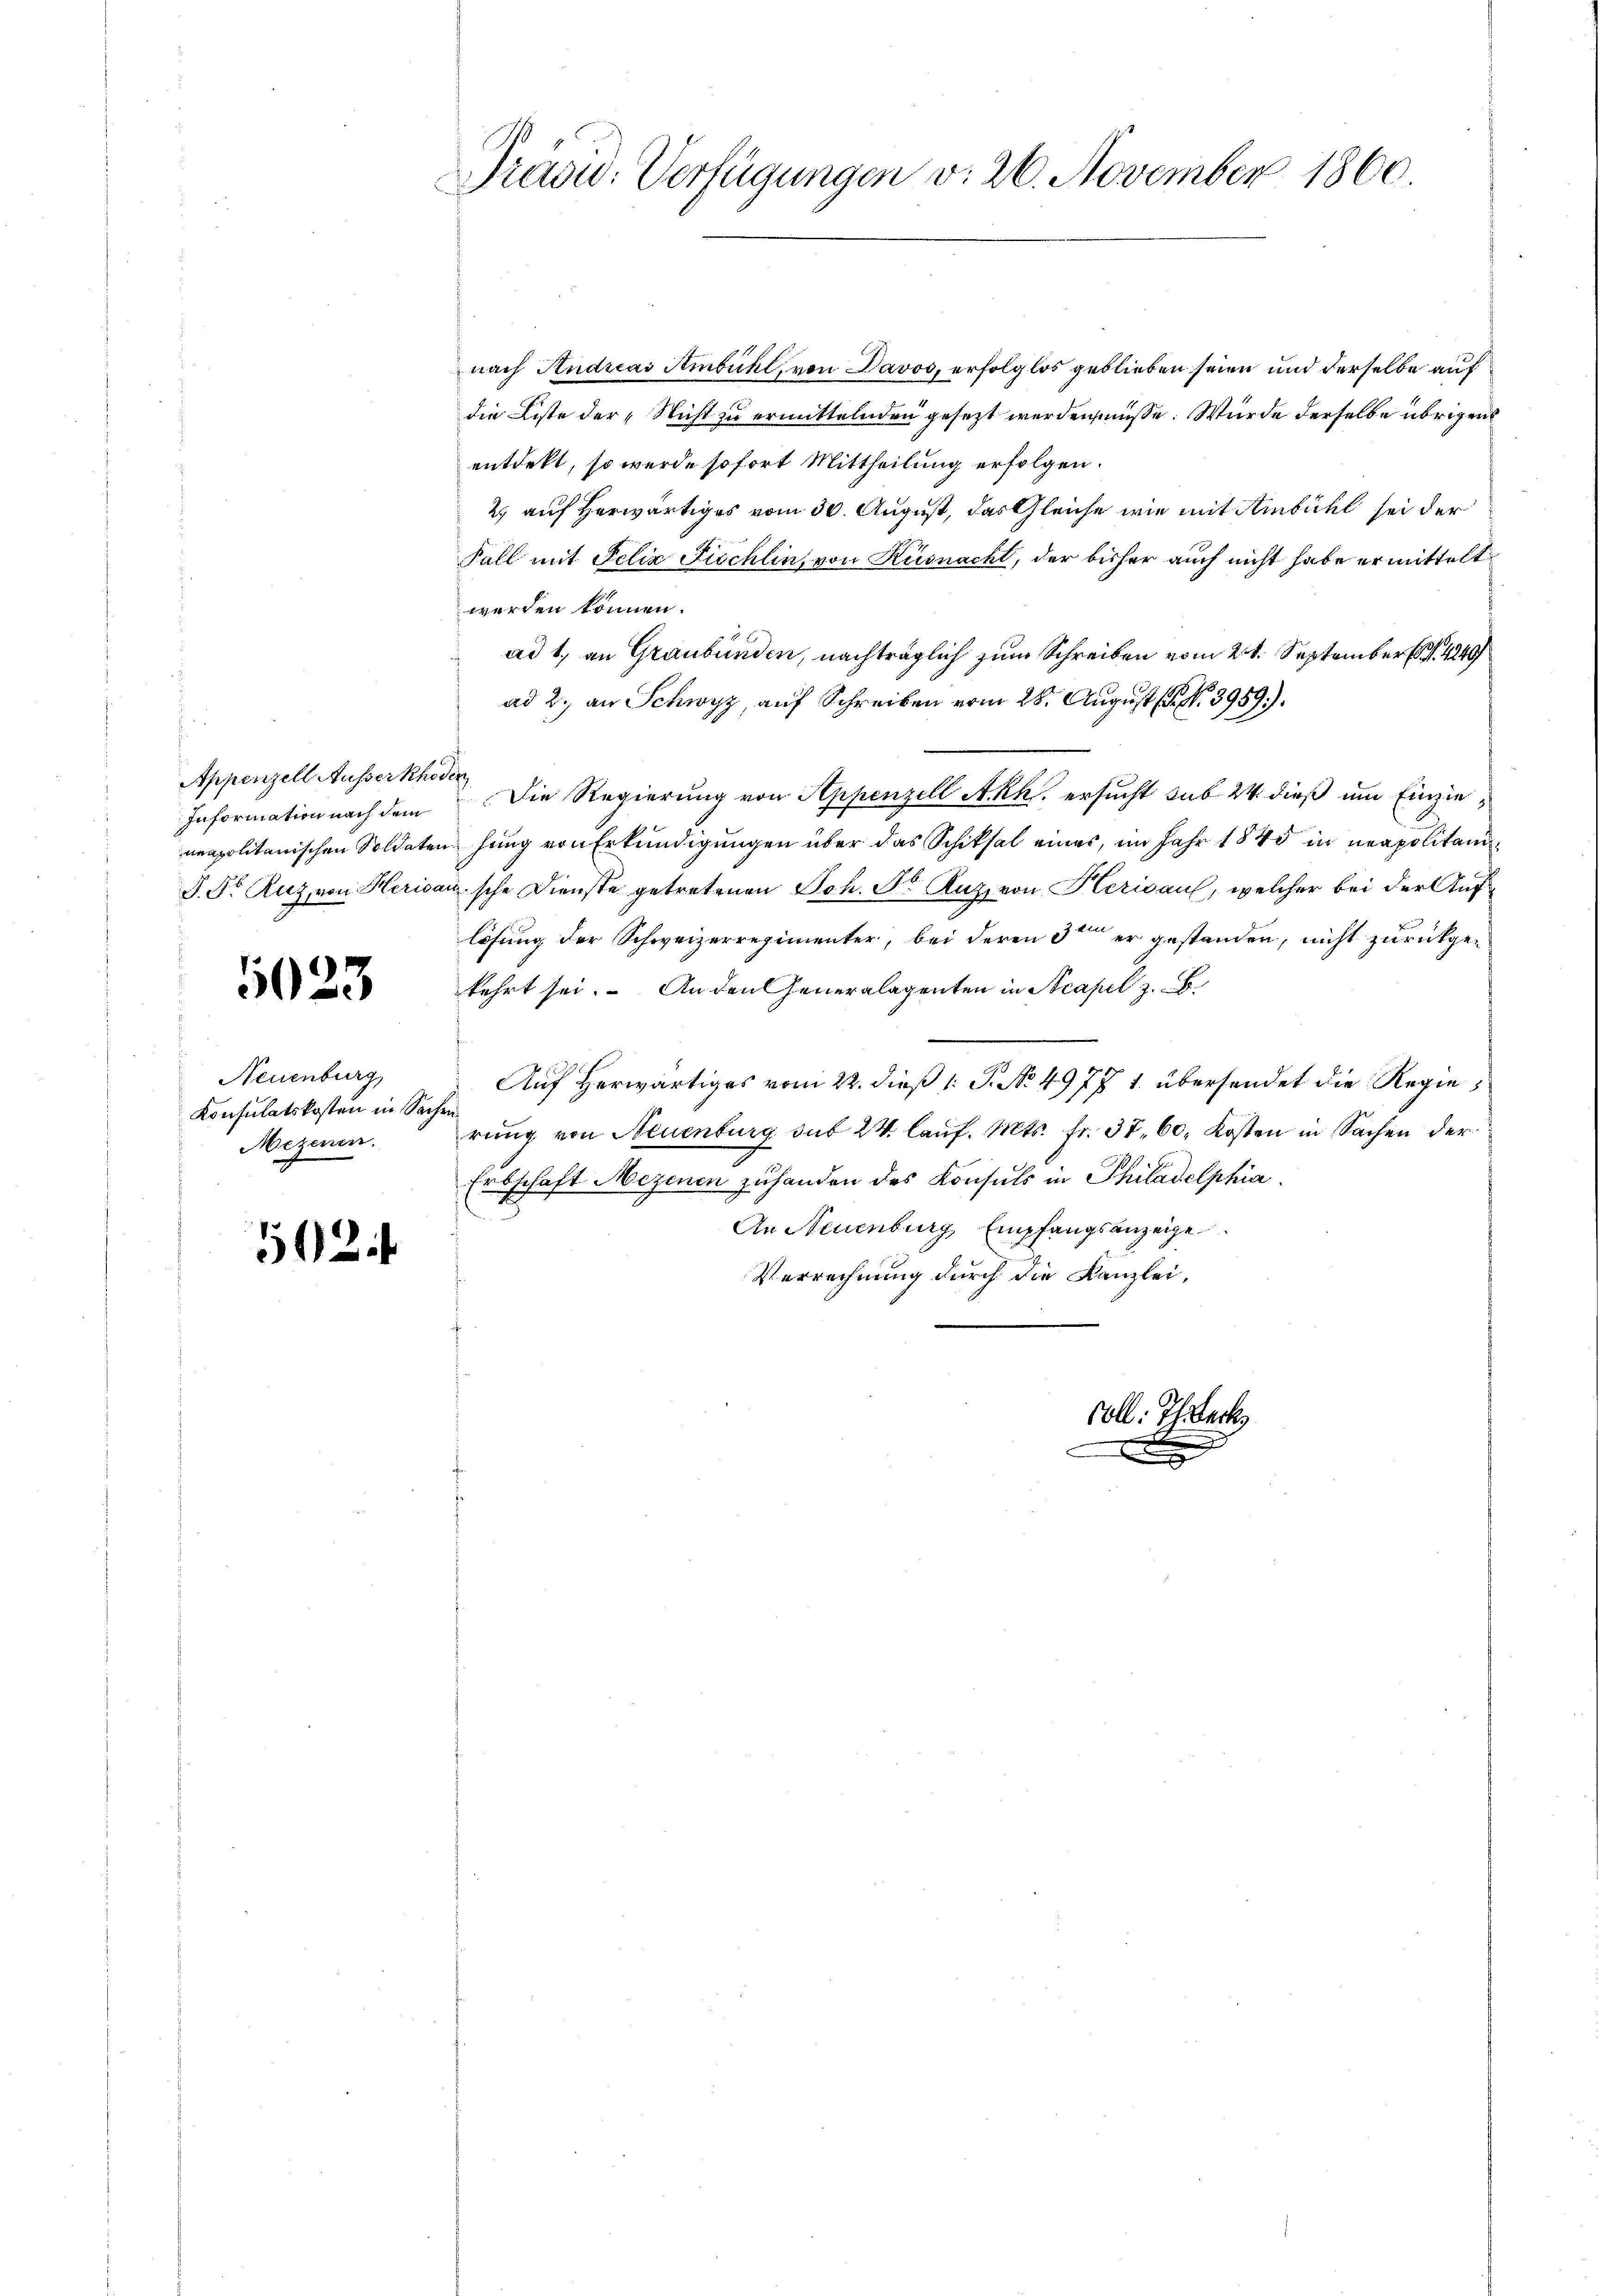
Appenzell Ausserkhoden
Information nach dem

1023

Neuenburg,
Konsulatskosten in Sachen
Mezenen.

502

Präsid. Verfügungen v. 26. November 1860.

nach Andreas Ambühl, von Davos, erfolglos geblieben seien und derselbe auf
die Liste der „Nicht zu ermittelnden gesezt werden müsse. Würde derselbe übrigen
entdekt, so wurde sofort Mittheilung erfolgen.
2) auf herwärtiges vom 30. August, das Gleiche wie mit Ambühl sei der
Fall mit Felix Fischlin, von Küsnacht, der bisher auch nicht habe er mittelt
werden können.
ad 1, an Graubünden, nachträglich zum Schreiben vom 24. September (S. 4240/
ad 2., an Schwyz, auf Schreiben vom 28. August 18. No. 3989.)
Die Regierung von Appenzell Akk. ersucht sub 24 dieß um Einzieneapolitanischen Soldaten hung von Erkundigungen über das Schiksal eines, im Jahr 1840 in neapolitani¬
J. Dr. Ruz, von Herisansche Dienste getretenen Joh. Sr. Kuz, von Herisau, welcher bei der Auflösung der Schweizerregimenter, bei deren 3ten er gestanden, nicht zurückgekehrt sei. An den Generalagenten in Acapel z. B.
Auf herwärtiges vom 22. dieß 1 S. No 4977 t. übersendet die Regierung von Neuenburg sub 24 laŭf. Mts. fr. 37. 60. Kosten in Sachen der
Erbschaft Mezenen zuhanden des Konsuls in Philadelphia
An Neuenburg, Empfangsanzeige
Verrechnung durch die Kanzlei,
soll. Thieck